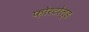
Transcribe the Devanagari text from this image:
फ़ोरटोल्ड